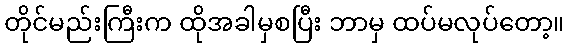
တိုင်မည်းကြီးက ထိုအခါမှစပြီး ဘာမှ ထပ်မလုပ်တော့။